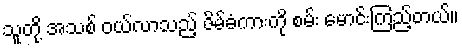
သူတို့ အသစ် ဝယ်လာသည့် ဇိမ်ခံကားကို စမ်း မောင်းကြည့်တယ်။